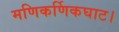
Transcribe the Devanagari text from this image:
मणिकर्णिकघाट।